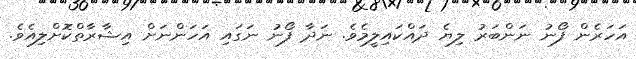
އަހަރެން ފޯނު ނަންބަރު ލިޔެ ދައްކައިލީމެވެ. ނަދާ ފޯނު ނަގައި އަހަންނަށް އިޝާރާތްކޮށްލިއެވެ.